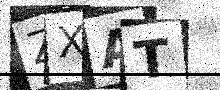
Text: ZXAT